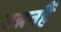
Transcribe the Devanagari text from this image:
उन्नतहैं